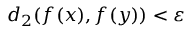
d _ { 2 } ( f ( x ) , f ( y ) ) < \varepsilon